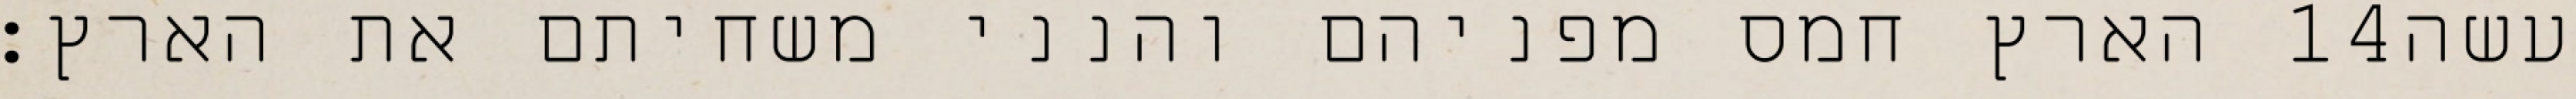
הארץ חמס מפניהם והנני משחיתם את הארץ׃ ‎14‏ עשה